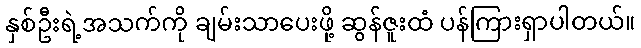
နှစ်ဦးရဲ့အသက်ကို ချမ်းသာပေးဖို့ ဆွန်ဇူးထံ ပန်ကြားရှာပါတယ်။